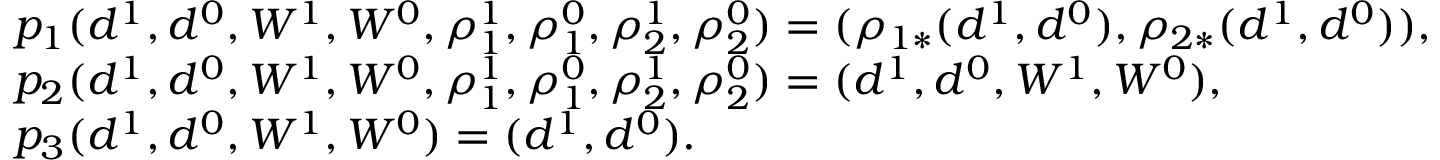
\begin{array} { r l } & { p _ { 1 } ( d ^ { 1 } , d ^ { 0 } , W ^ { 1 } , W ^ { 0 } , \rho _ { 1 } ^ { 1 } , \rho _ { 1 } ^ { 0 } , \rho _ { 2 } ^ { 1 } , \rho _ { 2 } ^ { 0 } ) = ( \rho _ { 1 * } ( d ^ { 1 } , d ^ { 0 } ) , \rho _ { 2 * } ( d ^ { 1 } , d ^ { 0 } ) ) , } \\ & { p _ { 2 } ( d ^ { 1 } , d ^ { 0 } , W ^ { 1 } , W ^ { 0 } , \rho _ { 1 } ^ { 1 } , \rho _ { 1 } ^ { 0 } , \rho _ { 2 } ^ { 1 } , \rho _ { 2 } ^ { 0 } ) = ( d ^ { 1 } , d ^ { 0 } , W ^ { 1 } , W ^ { 0 } ) , } \\ & { p _ { 3 } ( d ^ { 1 } , d ^ { 0 } , W ^ { 1 } , W ^ { 0 } ) = ( d ^ { 1 } , d ^ { 0 } ) . } \end{array}